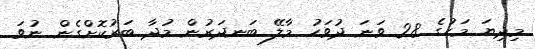
މިދިޔަ މަހުގެ 28 ވަނަ ދުވަހު މާލޭ ބަނދަރުން މުދާ ބަރުކޮށްގެން ނުވަ